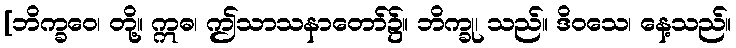
[ဘိက္ခဝေ၊ တို့။ ဣဓ၊ ဤသာသနာတော်၌။ ဘိက္ခု၊ သည်။ ဒိဝသေ၊ နေ့သည်။